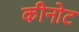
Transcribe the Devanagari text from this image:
कीनोट